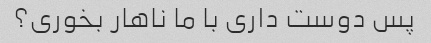
پس دوست داری با ما ناهار بخوری؟